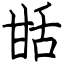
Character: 甛